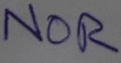
Text: NOR